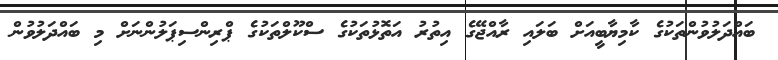
ބައްދަލުވުންތަކުގެ ކާމިޔާބީއަށް ބަލައި ރާއްޖޭގެ އިތުރު އަތޮޅުތަކުގެ ސްކޫލްތަކުގެ ޕްރިންސިޕަލުންނަށް މި ބައްދަލުވުން